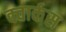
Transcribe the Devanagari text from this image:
क्वार्कस